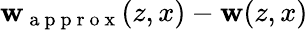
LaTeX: \mathbf{w}_{\mathrm{{~a~p~p~r~o~x~}}}(z,x)-\mathbf{w}(z,x)